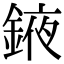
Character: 䤳